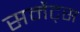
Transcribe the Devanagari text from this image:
सर्मेट्स